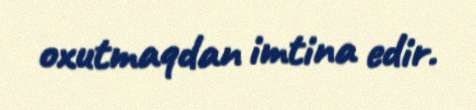
oxutmaqdan imtina edir.